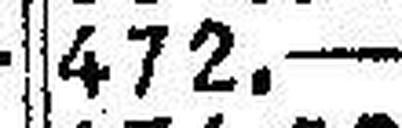
472.—